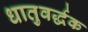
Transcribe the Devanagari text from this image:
धातुवर्द्धक